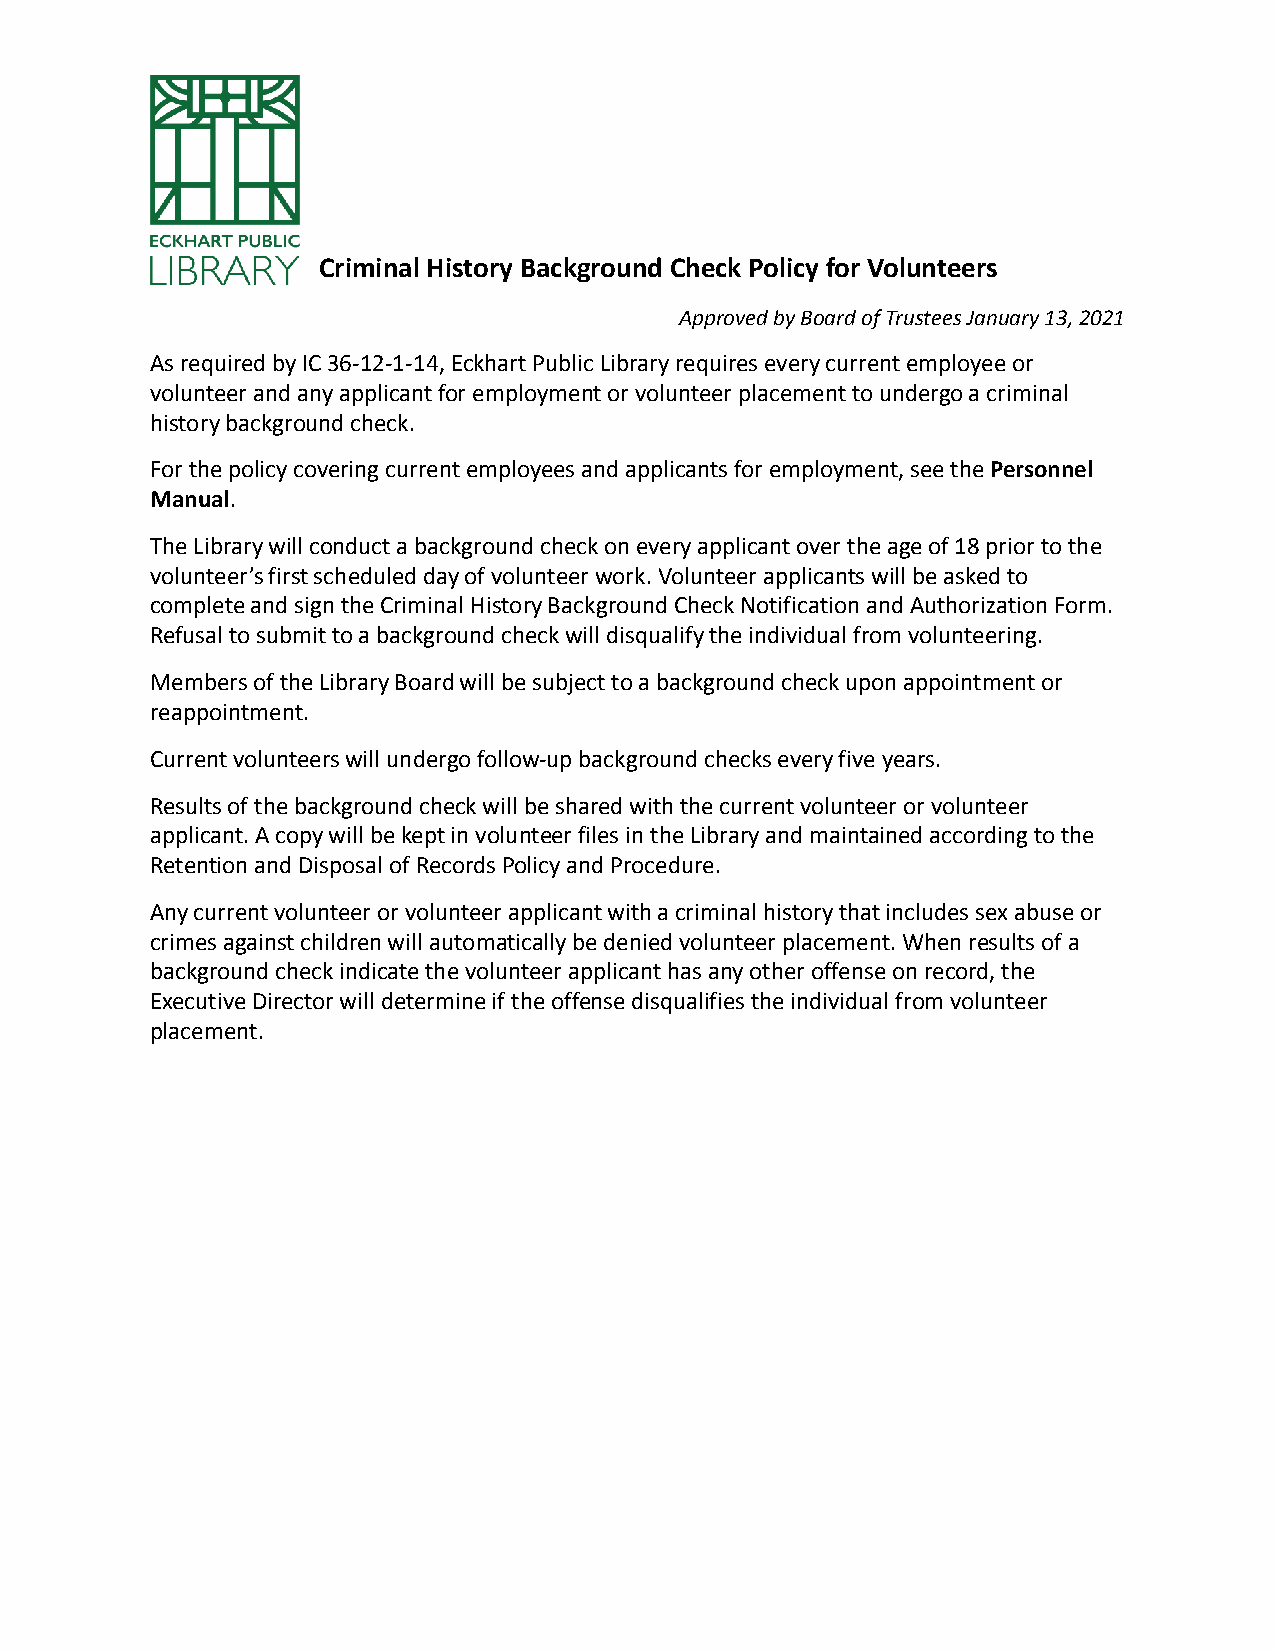
Criminal History Background Check Policy for Volunteers
 Approved by Board of Trustees January 13, 2021
 As required by IC 36-12-1-14, Eckhart Public Library requires every current employee or
 volunteer and any applicant for employment or volunteer placement to undergo a criminal
 history background check.
 For the policy covering current employees and applicants for employment, see thePersonnel
 Manual.
 The Library will conduct a background check on every applicant over the age of 18 prior to the
 volunteer’s first scheduled day of volunteer work. Volunteer applicants will be asked to
 complete and sign the Criminal History Background Check Notification and Authorization Form.
 Refusal to submit to a background check will disqualify the individual from volunteering.
 Members of the Library Board will be subject to a background check upon appointment or
 reappointment.
 Current volunteers will undergo follow-up background checks every five years.
 Results of the background check will be shared with the current volunteer or volunteer
 applicant. A copy will be kept in volunteer files in the Library and maintained according to the
 Retention and Disposal of Records Policy and Procedure.
 Any current volunteer or volunteer applicant with a criminal history that includes sex abuse or
 crimes against children will automatically be denied volunteer placement. When results of a
 background check indicate the volunteer applicant has any other offense on record, the
 Executive Director will determine if the offense disqualifies the individual from volunteer
 placement.